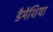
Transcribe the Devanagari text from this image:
डैमेंशिया